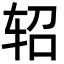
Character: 轺